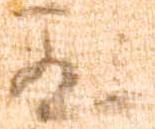
殿